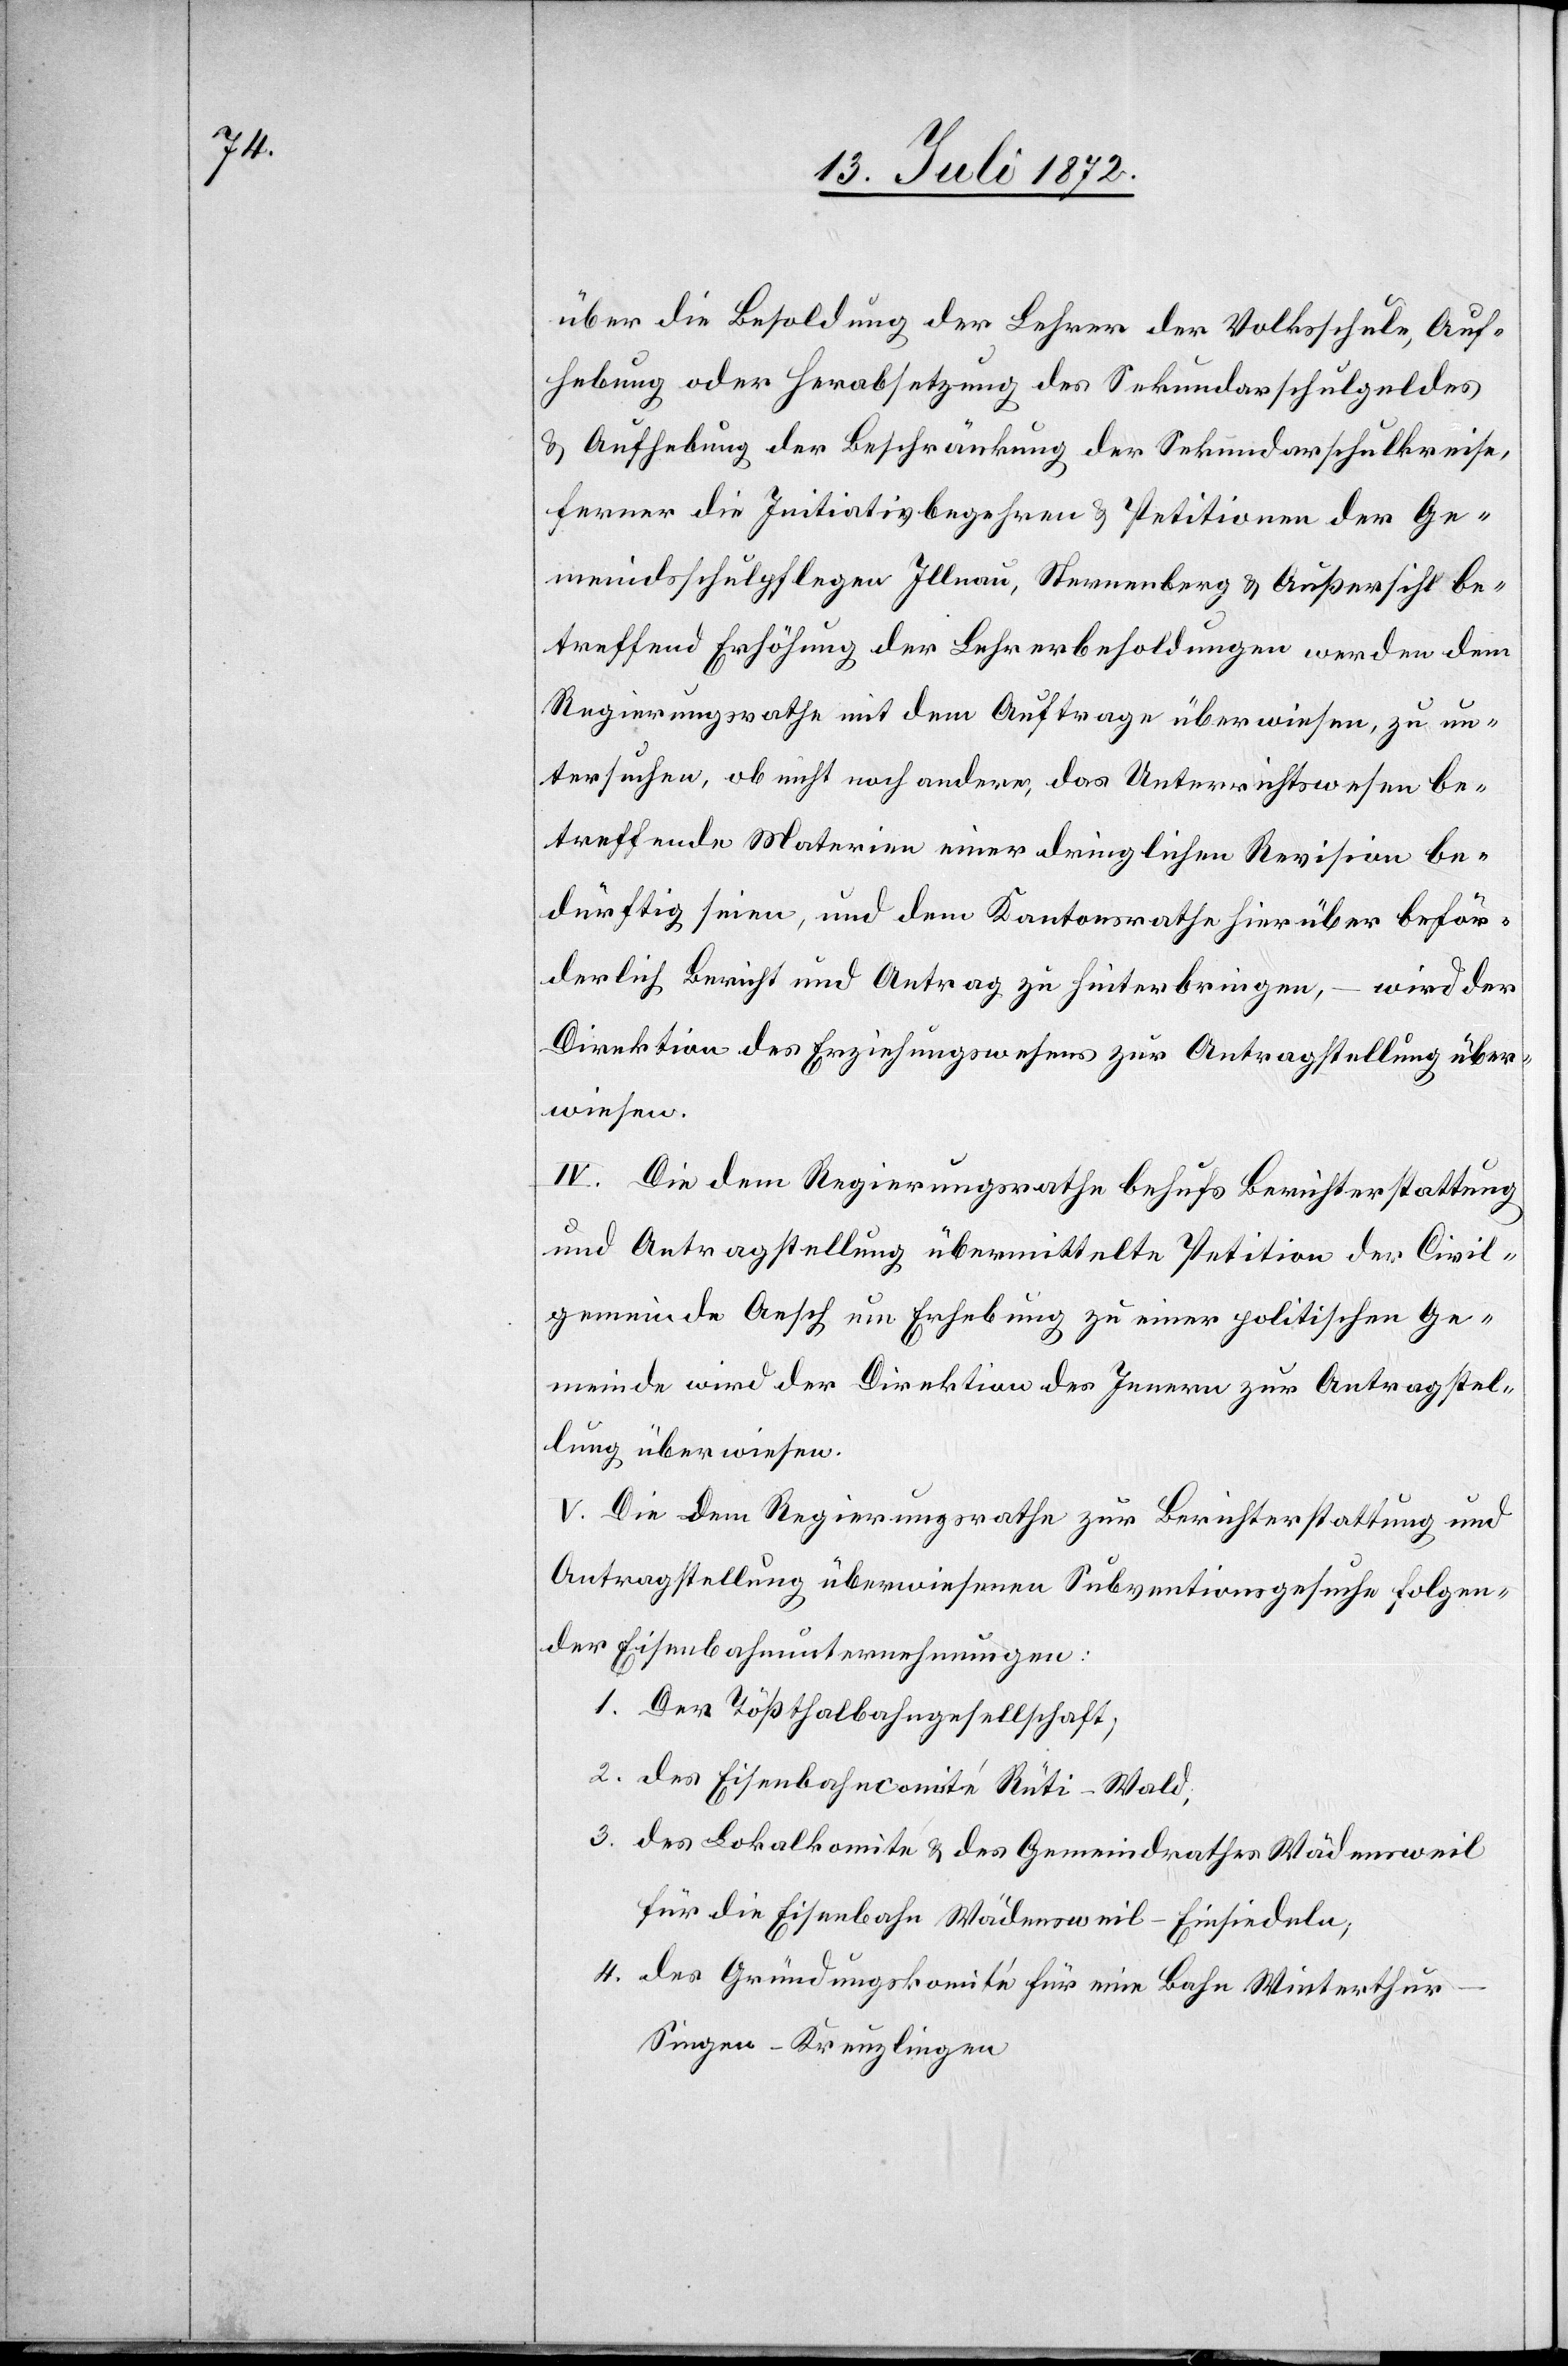
über die Besoldung der Lehrer der Volksschule, Auf¬
hebung oder Herabsetzung des Sekundarschulgeldes
u. Aufhebung der Beschränkung der Sekundarschulkreise,
ferner die Initiativbegehren u. Petitionen der Ge¬
meindsschulpflegen Illnau, Sternenberg u. Außersihl be¬
treffend Erhöhung der Lehrerbesoldungen werden dem
Regierungsrathe mit dem Auftrage überwiesen, zu un¬
tersuchen, ob nicht noch andere, das Unterrichtswesen be¬
treffende Materien einer dringlichen Revision be¬
dürftig seien, und dem Kantonsrathe hierüber beför¬
derlich Bericht und Antrag zu hinterbingen, – wird der
Direktion des Erziehungswesens zur Antragstellung über¬
wiesen.
IV. Die dem Regierungsrathe behufs Berichterstattung
und Antragstellung übermittelte Petition der Civil¬
gemeinde Aesch um Erhebung zu einer politischen Ge¬
meinde wird der Direktion des Innern zur Antragstel¬
lung überwiesen.
V. Die dem Regierungsrathe zur Berichterstattung und
Antragstellung überwiesenen Subventionsgesuche folgen¬
der Eisenbahnunternehmungen:
1. Der Tößthalbahngesellschaft;
2. des Eisenbahncomité Rüti–Wald;
3. des Lokalkomite u. des Gemeindrathes Wädensweil
für die Eisenbahn Wädensweil–Einsiedeln;
4. des Gründungskomité für eine Bahn Winterthu¬
r–Singen–Kreuzlingen